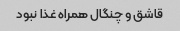
قاشق و چنگال همراه غذا نبود